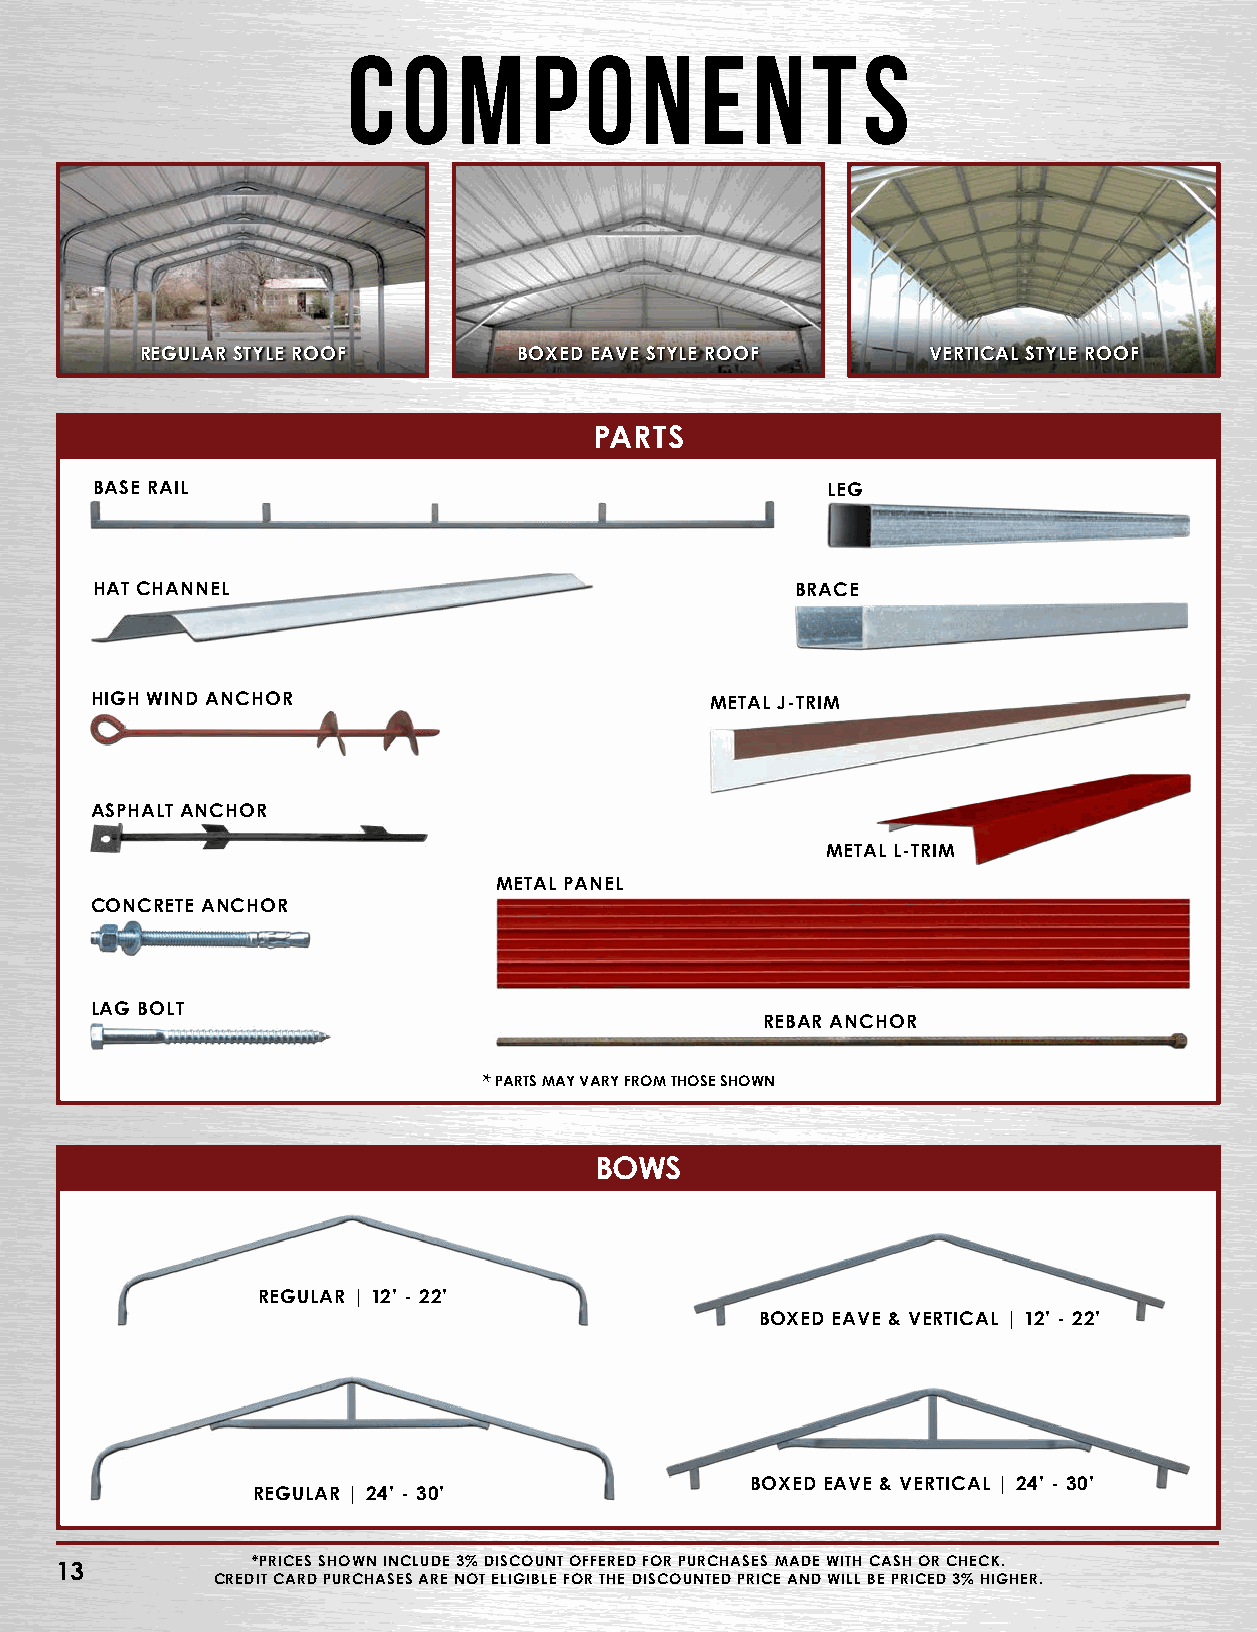
Co     mpone               nts
 REGULAR STYLE ROOF       BOXED EAVE STYLE ROOF      VERTICAL STYLE ROOF
 PARTS
 BASE RAIL                                        LEG
 HAT CHANNEL                                    BRACE
 HIGH WIND ANCHOR                         METAL J-TRIM
 ASPHALT ANCHOR
 METAL L-TRIM
 METAL PANEL
 CONCRETE ANCHOR
 LAG BOLT
 REBAR ANCHOR
 *PARTS MAY VARY FROM THOSE SHOWN
 BOWS
 REGULAR | 12’ - 22’
 BOXED EAVE & VERTICAL | 12’ - 22’
 BOXED EAVE & VERTICAL | 24’ - 30’
 REGULAR | 24’ - 30’
 *PRICES SHOWN INCLUDE 3% DISCOUNT OFFERED FOR PURCHASES MADE WITH CASH OR CHECK.
 13
 CREDIT CARD PURCHASES ARE NOT ELIGIBLE FOR THE DISCOUNTED PRICE AND WILL BE PRICED 3% HIGHER.